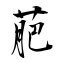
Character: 萉